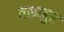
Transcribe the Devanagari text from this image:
तकब्बुर